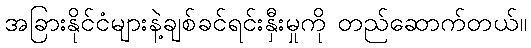
အခြားနိုင်ငံများနဲ့ချစ်ခင်ရင်းနှီးမှုကို တည်ဆောက်တယ်။